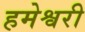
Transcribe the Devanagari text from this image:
हमेश्वरी